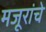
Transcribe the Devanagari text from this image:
मजूरांचे